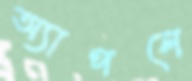
অ্যাপলে